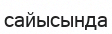
сайысында